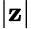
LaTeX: \vert\mathbf{z}\vert